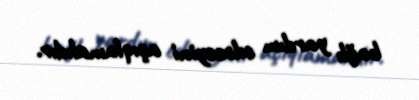
bağlı yardım edəcəyini açıqlamalıdır.